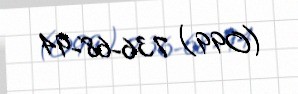
(099) 736-68-94